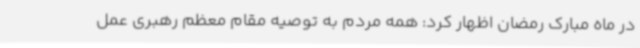
در ماه مبارک رمضان اظهار کرد: همه مردم به توصیه مقام معظم رهبری عمل